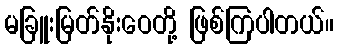
မခြူးမြတ်နိုးဝေတို့ ဖြစ်ကြပါတယ်။